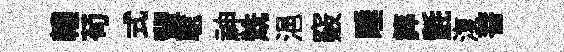
轅苟式輩聪神兟浥竅睡筭氈𣸪菩